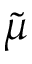
\tilde { \mu }